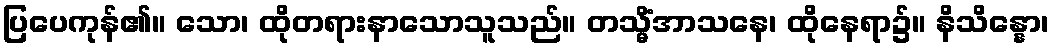
ပြပေကုန်၏။ သော၊ ထိုတရားနာသောသူသည်။ တသ္မိံအာသနေ၊ ထိုနေရာ၌။ နိသိန္နော၊